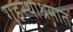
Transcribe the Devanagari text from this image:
गॄहस्थाश्रमात